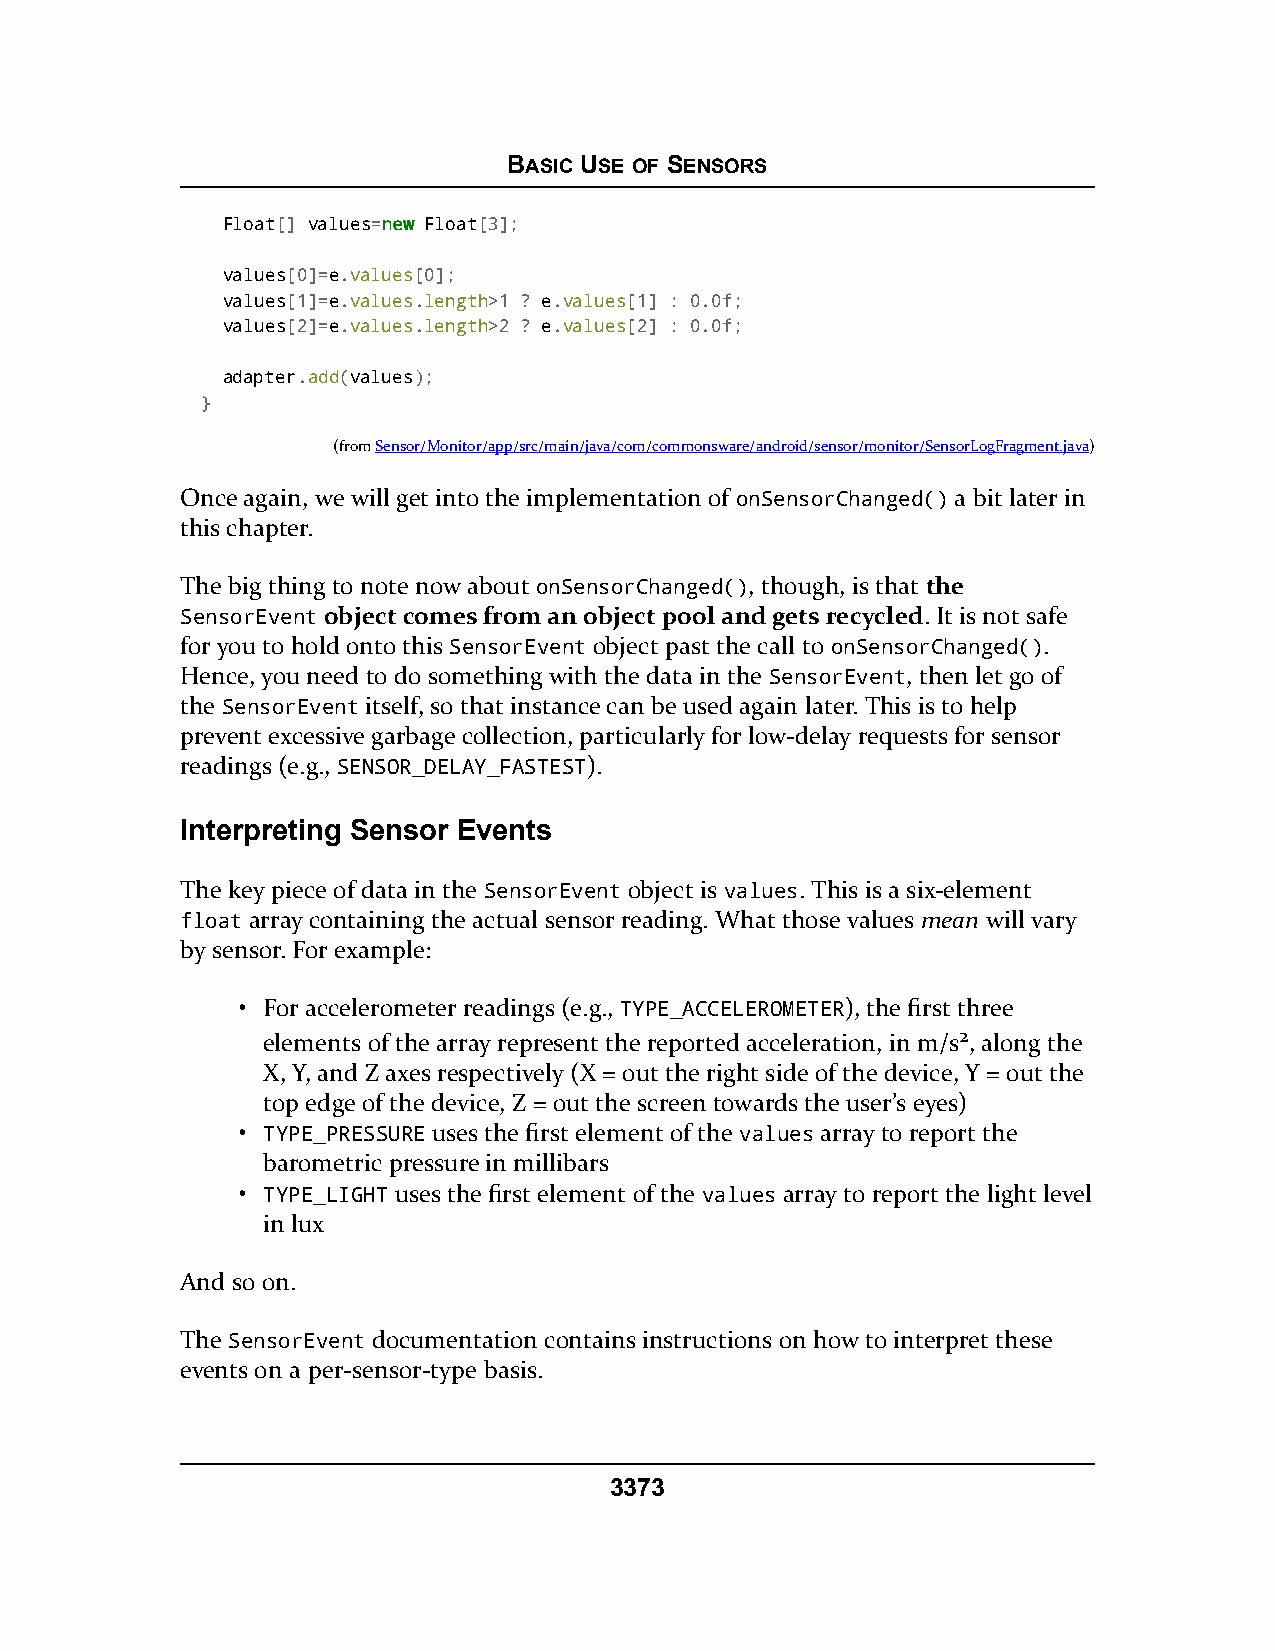
BASIC USE OF SENSORS
 Float[] values=nneeww Float[3];
 values[0]=e.values[0];
 values[1]=e.values.length>1 ? e.values[1] : 0.0f;
 values[2]=e.values.length>2 ? e.values[2] : 0.0f;
 adapter.add(values);
 }
 (fromSensor/Monitor/app/src/main/java/com/commonsware/android/sensor/monitor/SensorLogFragment.java)
 Once again, we will get into the implementation of onSensorChanged() a bit later in
 this chapter.
 The big thing to note now about onSensorChanged(), though, is that the
 SSeennssoorrEEvveennttobject comes from an object pool and gets recycled. It is not safe
 for you to hold onto this SensorEvent object past the call to onSensorChanged().
 Hence, you need to do something with the data in the SensorEvent, then let go of
 the SensorEvent itself, so that instance can be used again later. This is to help
 prevent excessive garbage collection, particularly for low-delay requests for sensor
 readings (e.g., SENSOR_DELAY_FASTEST).
 Interpreting Sensor Events
 The key piece of data in the SensorEvent object is values. This is a six-element
 float array containing the actual sensor reading. What those values mean will vary
 by sensor. For example:
 • For accelerometer readings (e.g., TYPE_ACCELEROMETER), the first three
 elements of the array represent the reported acceleration, in m/s2, along the
 X, Y, and Z axes respectively (X = out the right side of the device, Y = out the
 top edge of the device, Z = out the screen towards the user’s eyes)
 • TYPE_PRESSURE uses the first element of the values array to report the
 barometric pressure in millibars
 • TYPE_LIGHT uses the first element of the values array to report the light level
 in lux
 And so on.
 The SensorEvent documentation contains instructions on how to interpret these
 events on a per-sensor-type basis.
 3373